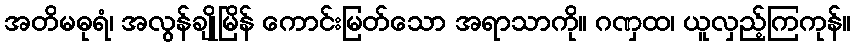
အတိမဓုရံ၊ အလွန်ချိုမြိန် ကောင်းမြတ်သော အရာသာကို။ ဂဏှထ၊ ယူလှည့်ကြကုန်။